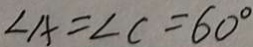
\angle A = \angle C = 6 0 ^ { \circ }